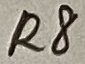
Text: R8